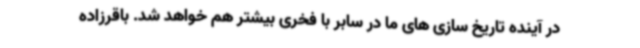
در آینده تاریخ سازی های ما در سابر با فخری بیشتر هم خواهد شد. باقرزاده